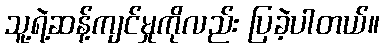
သူ့ရဲ့ဆန့်ကျင်မှုကိုလည်း ပြခဲ့ပါတယ်။